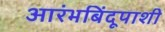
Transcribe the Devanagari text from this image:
आरंभबिंदूपाशी